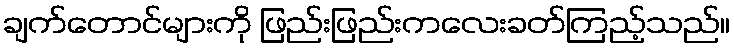
ချက်တောင်များကို ဖြည်းဖြည်းကလေးခတ်ကြည့်သည်။